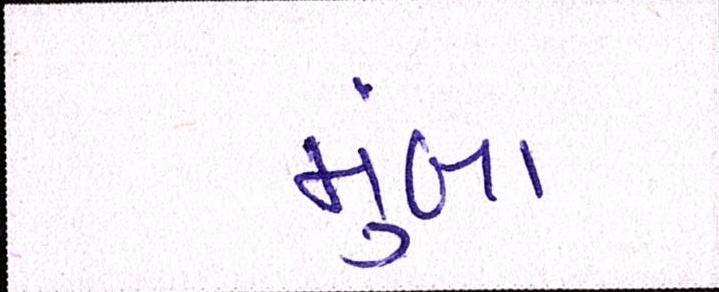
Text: મુંબા